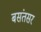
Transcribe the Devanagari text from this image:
बसंतसर